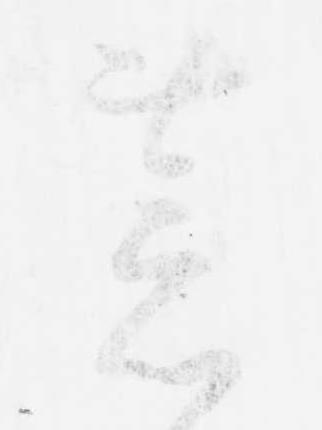
荒